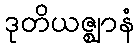
ဒုတိယဇ္ဈာနံ